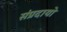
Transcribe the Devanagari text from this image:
संप्रदायो